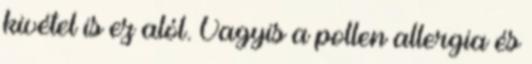
kivétel is ez alól. Vagyis a pollen allergia és